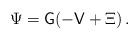
LaTeX: \begin{align*}\Psi&= \mathsf{G}(-\mathsf{V} + \Xi)\,. \end{align*}